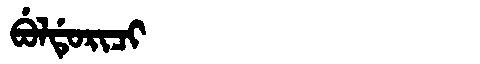
Manchu: ᠪᡠᠯᡩᡠᡵᡳᠴᡳ
Romanization: BULDURICI